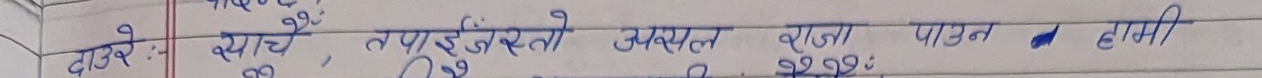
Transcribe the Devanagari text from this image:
बाउले : साचै, तपाइँ हरुले असल राजा पाउनु हासि